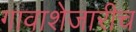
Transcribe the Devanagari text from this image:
गावाशेजारीच